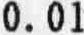
0.01